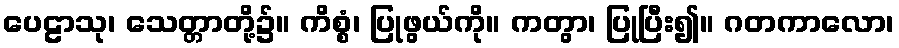
ပေဠာသု၊ သေတ္တာတို့၌။ ကိစ္စံ၊ ပြုဖွယ်ကို။ ကတွာ၊ ပြုပြီး၍။ ဂတကာလော၊